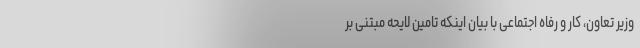
وزیر تعاون، کار و رفاه اجتماعی با بیان اینکه تامین لایحه مبتنی بر